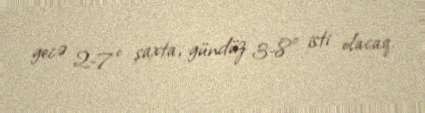
gecə 2-7° şaxta, gündüz 3-8° isti olacaq.